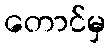
တောင်မှ